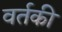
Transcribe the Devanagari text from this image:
वर्तकी